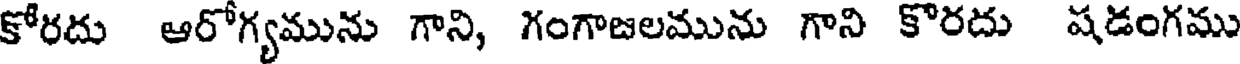
కోరదు ఆరోగ్యమును గాని, గంగాజలమును గాని కొరదు షడంగము